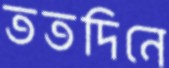
ততদিনে